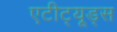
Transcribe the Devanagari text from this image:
एटीट्यूड्स